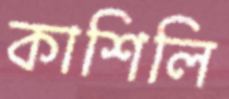
কাশিলি